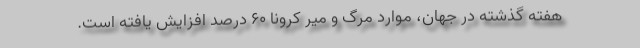
هفته گذشته در جهان، موارد مرگ و میر کرونا ۶۰ درصد افزایش یافته است.